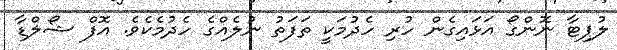
ލުޕިޓާ ނޮންގޯ އަޅައިގެން ހުރި ހެދުމަކީ ތަފަތު ނުލެއްގެ ހެދުމެކެވެ. އޮފް ޝޯލްޑާ